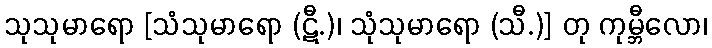
သုသုမာရော [သံသုမာရော (ဋီ.)၊ သုံသုမာရော (သီ.)] တု ကုမ္ဘီလော၊